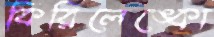
কিরিলেঙ্কো